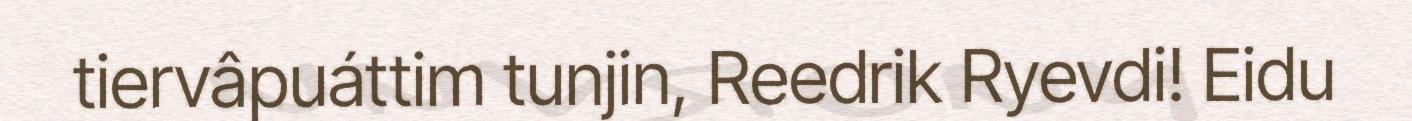
tiervâpuáttim tunjin, Reedrik Ryevdi! Eidu